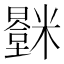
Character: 𬖻